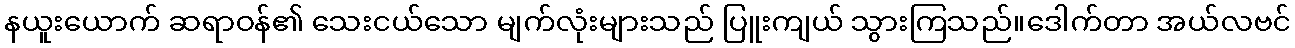
နယူးယောက် ဆရာဝန်၏ သေးငယ်သော မျက်လုံးများသည် ပြူးကျယ် သွားကြသည်။ဒေါက်တာ အယ်လဗင်